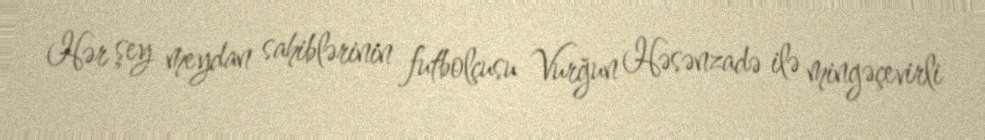
Hər şey meydan sahiblərinin futbolçusu Vurğun Həsənzadə ilə mingəçevirli